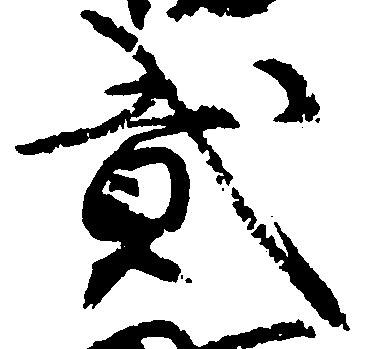
弐